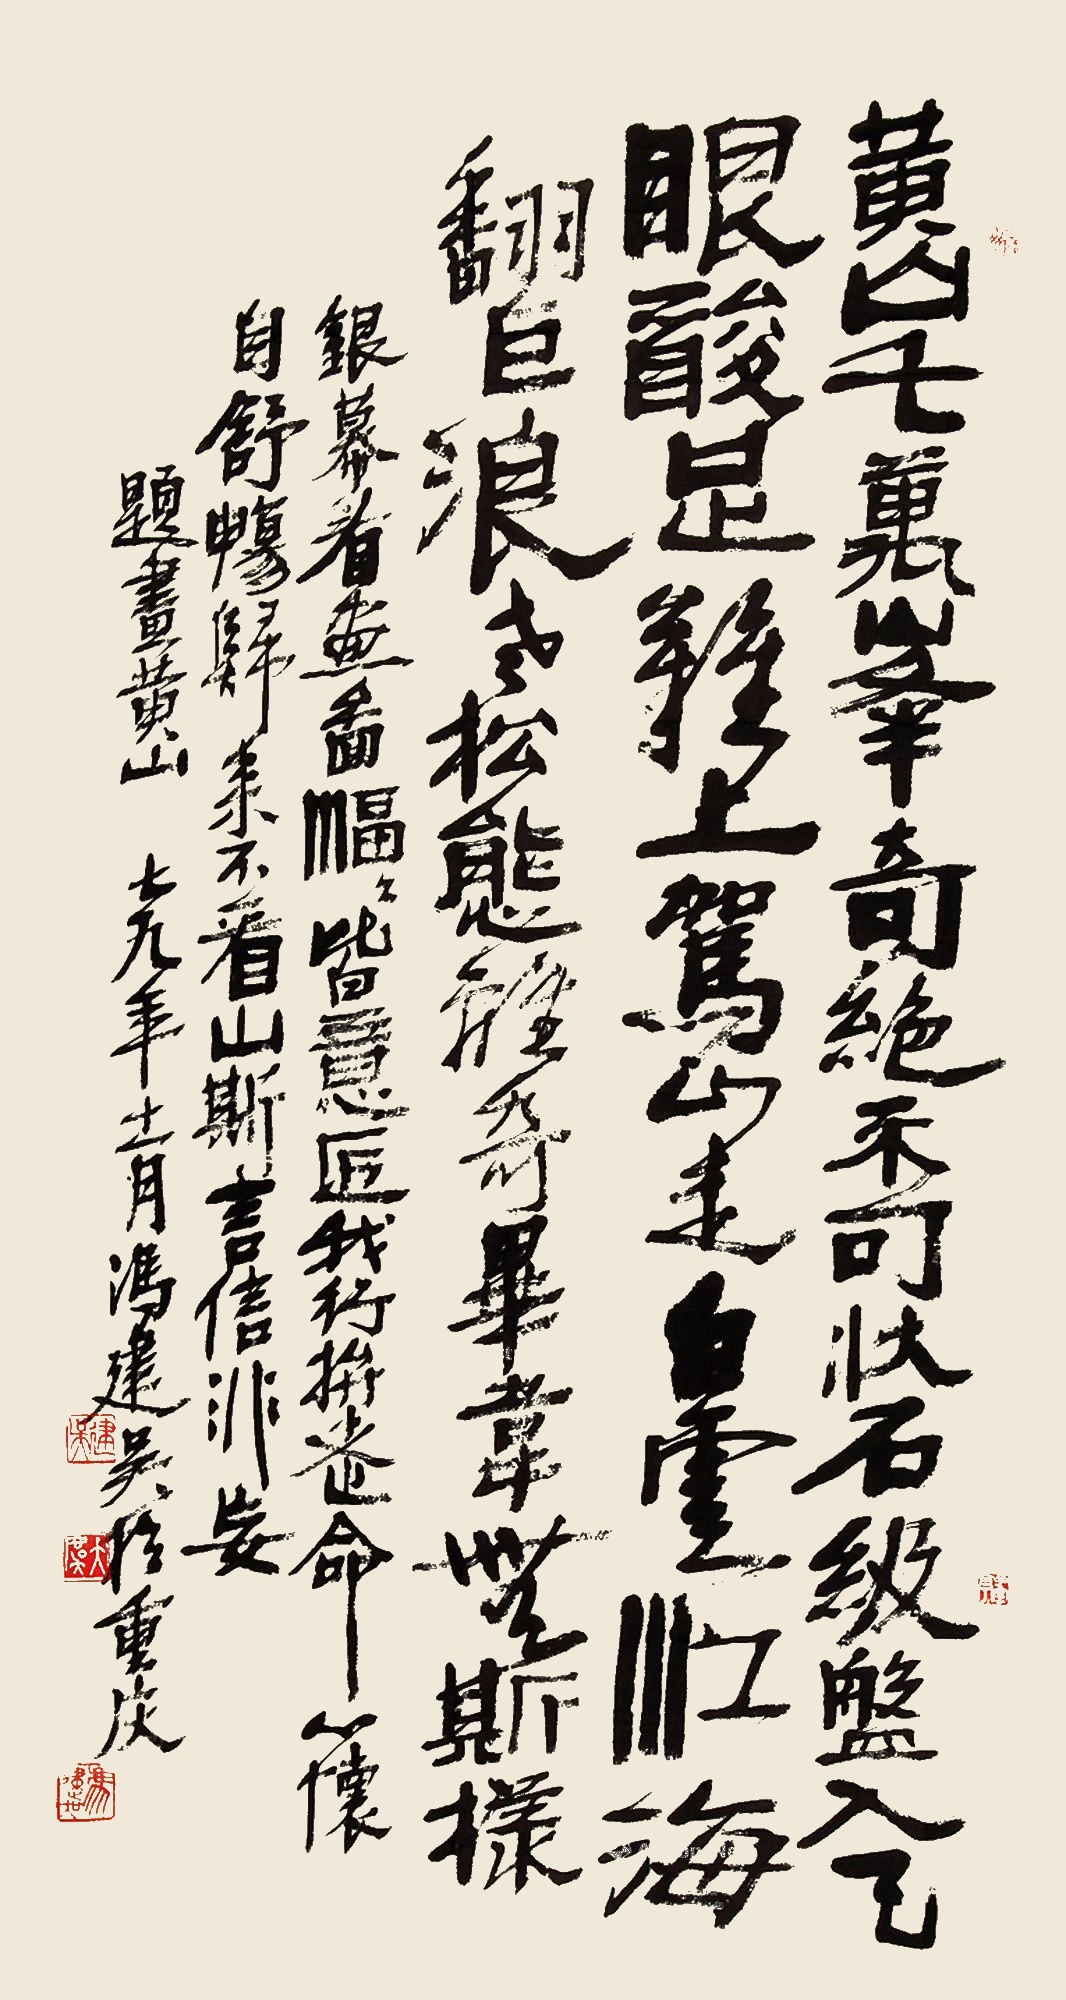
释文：黄山千万峰，七绝不可状。石级盘入天，眼酸足难上。驾山走白云，江海翻巨浪。老松态离奇，毕韦无斯样。银幕看画图，幅幅皆意匠。我行拼老命，心怀自舒畅。归来不看山，斯言信非妄。题画黄山，七九年十一月冯建吴于重庆。